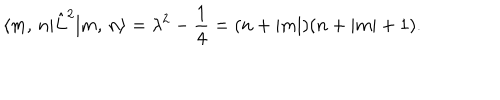
LaTeX: \langle m , \, n | \hat { L } ^ { 2 } | m , \, n \rangle = \lambda ^ { 2 } - \frac 1 4 = ( n + | m | ) ( n + | m | + 1 ) .